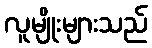
လူမျိုးများသည်